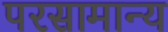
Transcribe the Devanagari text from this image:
परसामान्य